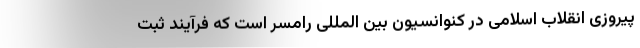
پیروزی انقلاب اسلامی در کنوانسیون بین المللی رامسر است که فرآیند ثبت